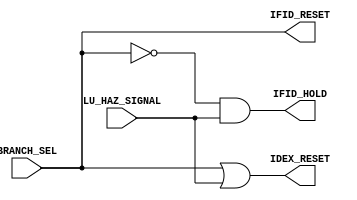
module flush_unit(
    // inputs
    LU_HAZ_SIGNAL,
    BRANCH_SEL,
    // outputs
    IFID_HOLD,
    IFID_RESET,
    IDEX_RESET
);

    input LU_HAZ_SIGNAL, BRANCH_SEL;
    output IFID_HOLD, IFID_RESET, IDEX_RESET;

    // In case of a branh/jump, IF/ID PR must be reset
    // In case of a load use hazard, IF/ID PR must hold it's value
    // In case either a branch/jump or load use hazard occurs, ID/EX PR must be reset
    assign IFID_RESET = BRANCH_SEL;
    assign IFID_HOLD = !BRANCH_SEL && LU_HAZ_SIGNAL;
    assign IDEX_RESET = BRANCH_SEL || LU_HAZ_SIGNAL;

endmodule